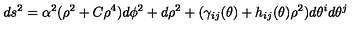
d s ^ { 2 } = \alpha ^ { 2 } ( \rho ^ { 2 } + C \rho ^ { 4 } ) d \phi ^ { 2 } + d \rho ^ { 2 } + ( \gamma _ { i j } ( \theta ) + h _ { i j } ( \theta ) \rho ^ { 2 } ) d \theta ^ { i } d \theta ^ { j }